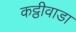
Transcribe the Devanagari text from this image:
कट्ठीवाडा